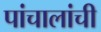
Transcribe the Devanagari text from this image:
पांचालांची